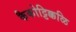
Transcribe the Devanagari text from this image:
कैकोट्टिक्कळि